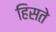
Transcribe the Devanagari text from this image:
हिसते